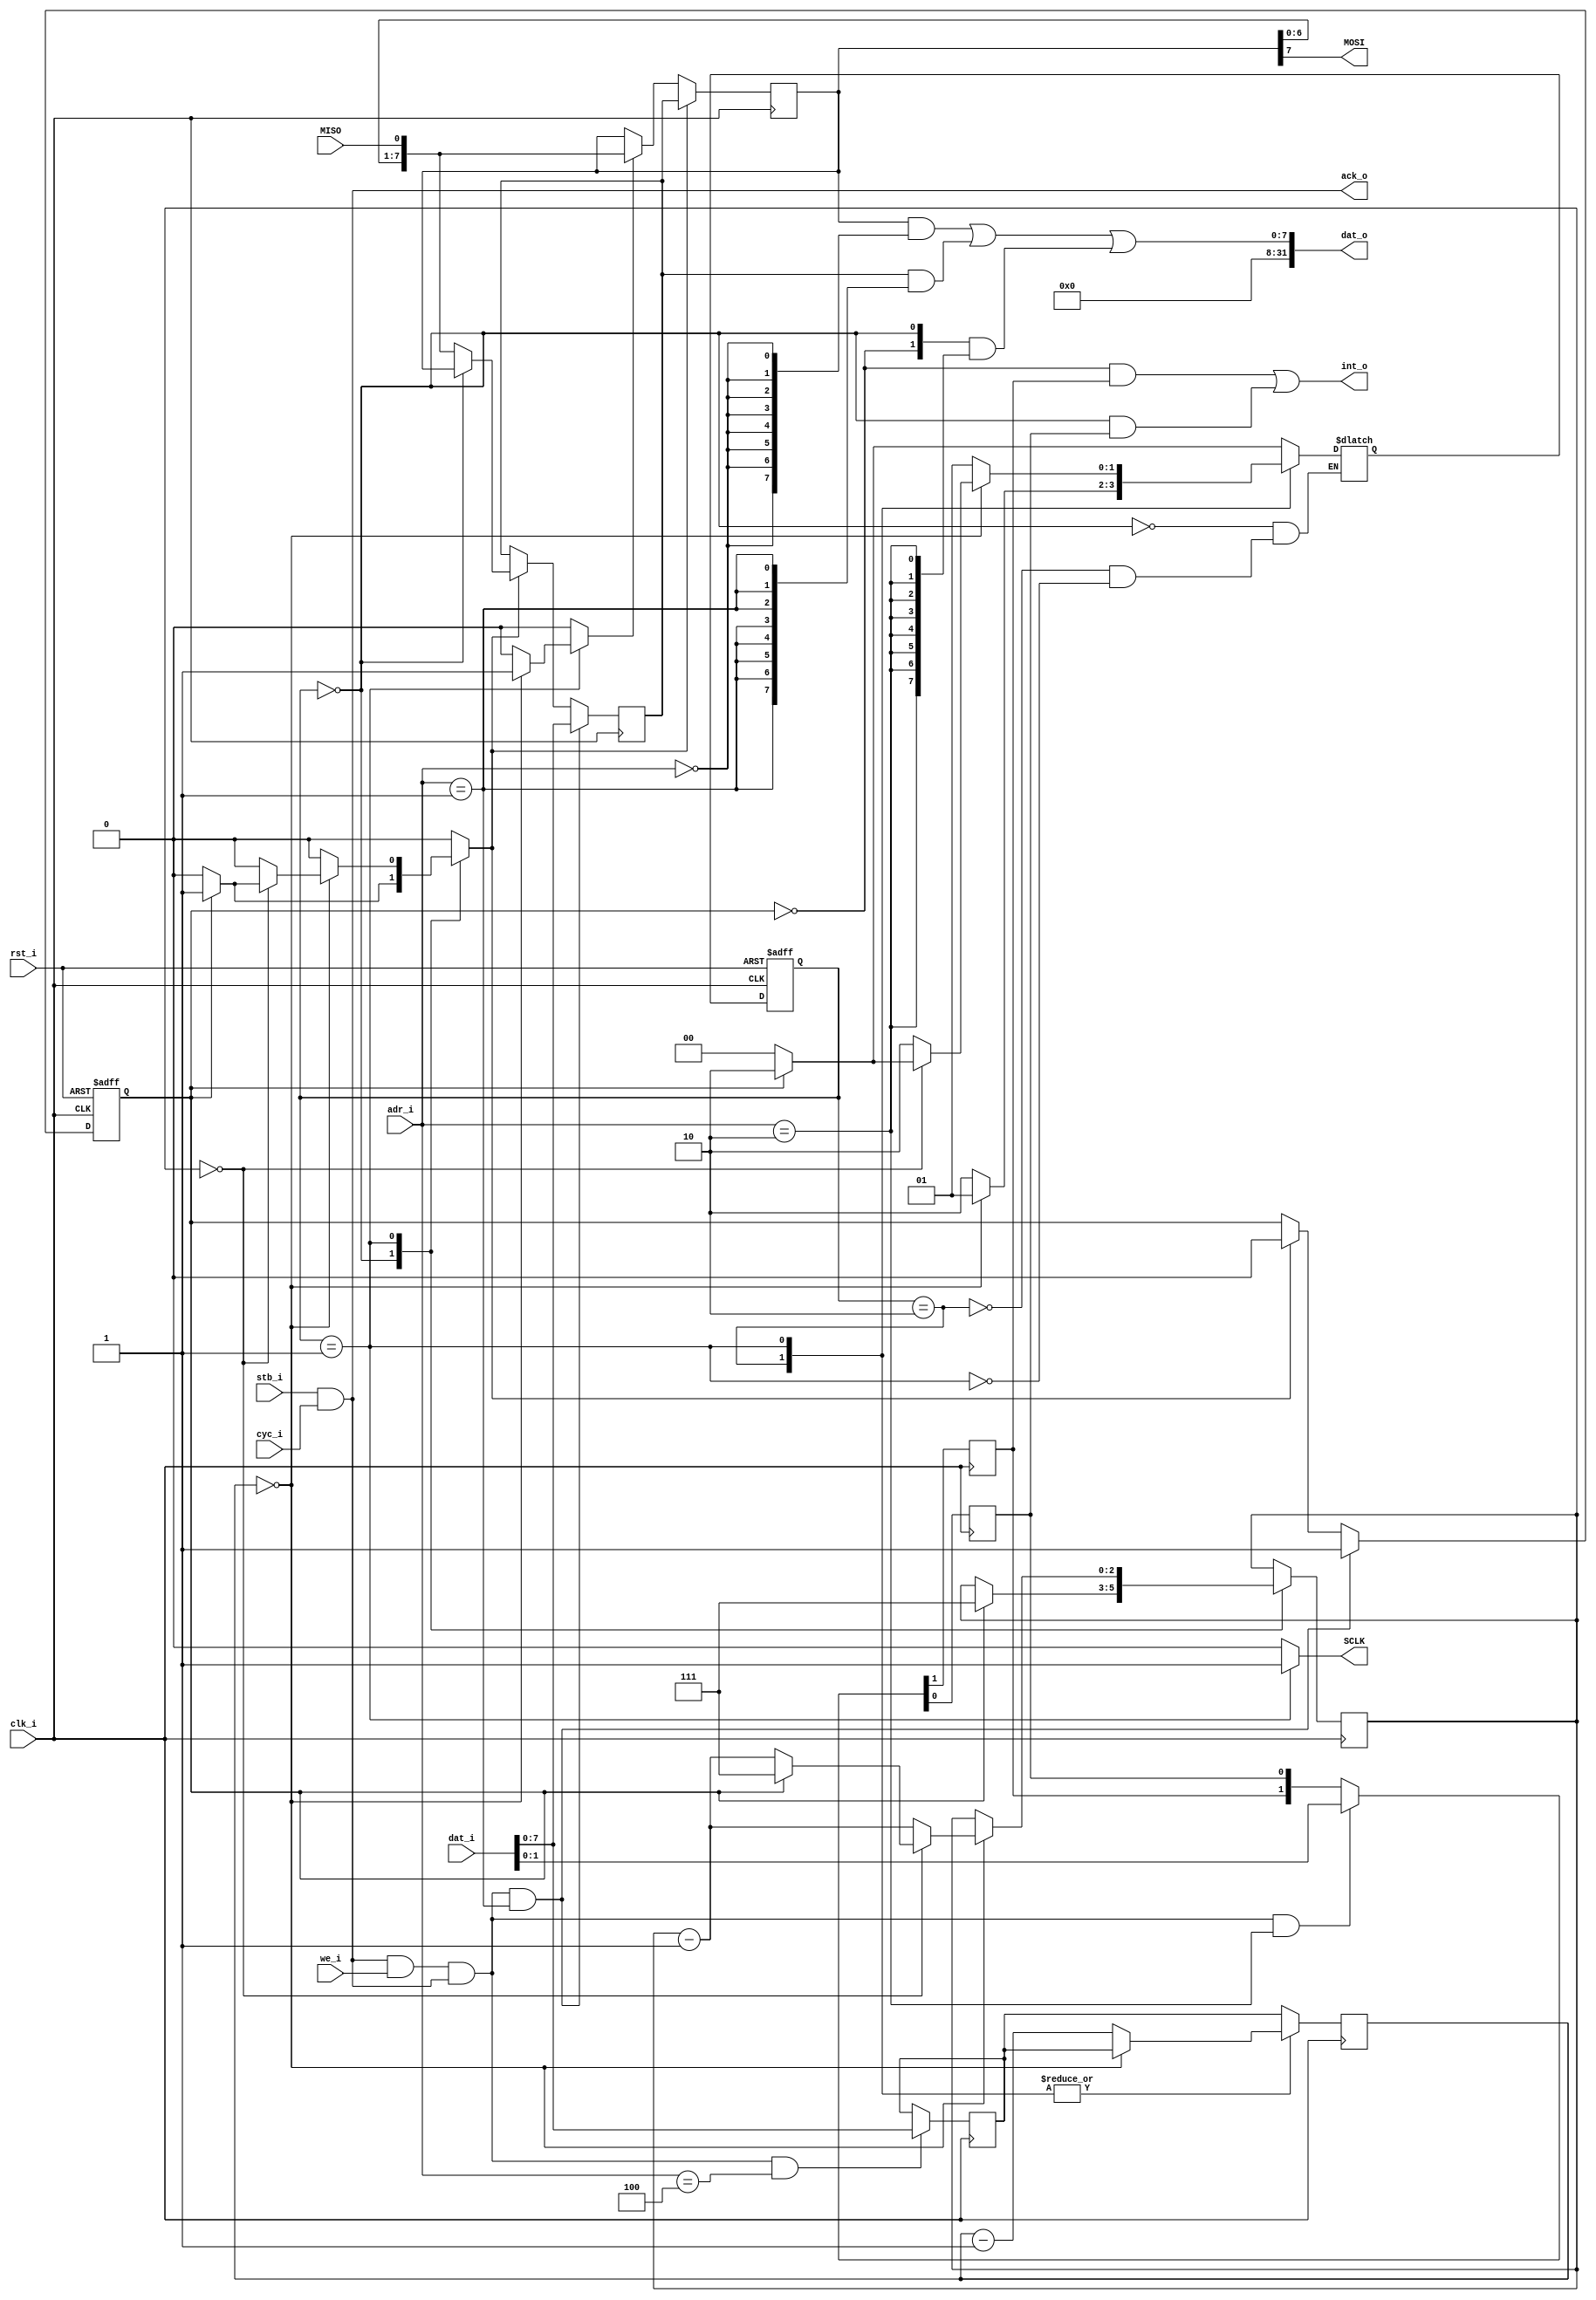
//////////////////////////////////////////////////////////////////////
////                                                              ////
////  tiny_spi.v                                                  ////
////                                                              ////
////  This file is part of the TINY SPI IP core project           ////
////  http://www.opencores.org/projects/tiny_spi/                 ////
////                                                              ////
////  Author(s):                                                  ////
////      - Thomas Chou <thomas@wytron.com.tw>                    ////
////                                                              ////
////  All additional information is avaliable in the README       ////
////  file.                                                       ////
////                                                              ////
//////////////////////////////////////////////////////////////////////
////                                                              ////
//// Copyright (C) 2010 Authors                                   ////
////                                                              ////
//// This source file may be used and distributed without         ////
//// restriction provided that this copyright statement is not    ////
//// removed from the file and that any derivative work contains  ////
//// the original copyright notice and the associated disclaimer. ////
////                                                              ////
//// This source file is free software; you can redistribute it   ////
//// and/or modify it under the terms of the GNU Lesser General   ////
//// Public License as published by the Free Software Foundation; ////
//// either version 2.1 of the License, or (at your option) any   ////
//// later version.                                               ////
////                                                              ////
//// This source is distributed in the hope that it will be       ////
//// useful, but WITHOUT ANY WARRANTY; without even the implied   ////
//// warranty of MERCHANTABILITY or FITNESS FOR A PARTICULAR      ////
//// PURPOSE.  See the GNU Lesser General Public License for more ////
//// details.                                                     ////
////                                                              ////
//// You should have received a copy of the GNU Lesser General    ////
//// Public License along with this source; if not, download it   ////
//// from http://www.opencores.org/lgpl.shtml                     ////
////                                                              ////
//////////////////////////////////////////////////////////////////////

module tiny_spi(
   // system
   input	  rst_i,
   input	  clk_i,
   // memory mapped
   input	  stb_i,
   input	  we_i,
   output [31:0]  dat_o,
   input [31:0]   dat_i,
   output	  int_o,
   input [2:0]	  adr_i,
   input 	  cyc_i, // comment out for avalon
   output 	  ack_o, // comment out for avalon

   // spi
   output	  MOSI,
   output	  SCLK,
   input	  MISO
   );

   parameter BAUD_WIDTH = 8;
   parameter BAUD_DIV = 0;
   parameter SPI_MODE = 0;
   parameter BC_WIDTH = 3;
   parameter DIV_WIDTH = BAUD_DIV ? $clog2(BAUD_DIV / 2 - 1) : BAUD_WIDTH;


   reg [7:0]	  sr8, bb8;
   wire [7:0]	  sr8_sf;
   reg [BC_WIDTH - 1:0]		bc, bc_next;
   reg [DIV_WIDTH - 1:0]	ccr;
   reg [DIV_WIDTH - 1:0]	cc, cc_next;
   wire		  misod;
   wire		  cstb, wstb, bstb, istb;
   reg		  sck;
   reg		  sf, ld;
   reg		  bba;   // buffer flag
   reg		  txren, txeen;
   wire 	  txr, txe;
   wire		  cpol, cpha;
   reg		  cpolr, cphar;
   wire 	  wr;
   // wire 	  cyc_i; // comment out for wishbone
   // wire 	  ack_o; // comment out for wishbone
   // assign cyc_i = 1'b1;  // comment out for wishbone
   assign ack_o = stb_i & cyc_i; // zero wait
   assign wr = stb_i & cyc_i & we_i & ack_o;
   assign wstb = wr & (adr_i == 1);
   assign istb = wr & (adr_i == 2);
   assign cstb = wr & (adr_i == 3);
   assign bstb = wr & (adr_i == 4);
   assign sr8_sf = { sr8[6:0],misod };
   assign dat_o =
		      (sr8 & {8{(adr_i == 0)}})
		    | (bb8 & {8{(adr_i == 1)}})
		    | ({ txr, txe } & {8{(adr_i == 2)}})
		      ;

   parameter
     IDLE = 0,
     PHASE1 = 1,
     PHASE2 = 2
     ;

   reg [1:0] spi_seq, spi_seq_next;
   always @(posedge clk_i or posedge rst_i)
     if (rst_i)
       spi_seq <= IDLE;
     else
       spi_seq <= spi_seq_next;

   always @(posedge clk_i)
     begin
	cc <= cc_next;
	bc <= bc_next;
     end

   always @(/*AS*/bba or bc or cc or ccr or cpha or cpol or spi_seq)
     begin
	sck = cpol;
	cc_next = BAUD_DIV ? (BAUD_DIV / 2 - 1) : ccr;
	bc_next = bc;
	ld = 1'b0;
	sf = 1'b0;

	case (spi_seq)
	  IDLE:
	    begin
	       if (bba)
		 begin
		    bc_next = 7;
		    ld = 1'b1;
		    spi_seq_next = PHASE2;
		 end
	       else
		 spi_seq_next = IDLE;
	    end
	  PHASE2:
	    begin
	       sck = (cpol ^ cpha);
	       if (cc == 0)
		 spi_seq_next = PHASE1;
	       else
		 begin
		    cc_next = cc - 1;
		    spi_seq_next = PHASE2;
		 end
	    end
	  PHASE1:
	    begin
	       sck = ~(cpol ^ cpha);
	       if (cc == 0)
		 begin
		    bc_next = bc -1;
		    sf = 1'b1;
		    if (bc == 0)
		      begin
			 if (bba)
			   begin
			      bc_next = 7;
			      ld = 1'b1;
			      spi_seq_next = PHASE2;
			   end
			 else
			   spi_seq_next = IDLE;
		      end
		    else
		      spi_seq_next = PHASE2;
		 end
	       else
		 begin
		    cc_next = cc - 1;
		    spi_seq_next = PHASE1;
		 end
	    end
	endcase
     end // always @ (...

   always @(posedge clk_i)
     begin
	if (cstb) // control reg
	  { cpolr, cphar } <= dat_i;
	else
	  { cpolr, cphar } <= { cpolr, cphar };

	if (istb) // irq enable reg
	  { txren, txeen } <= dat_i;
	else
	  { txren, txeen } <= { txren, txeen };

	if (bstb) // baud reg
	  ccr <= dat_i;
	else
	  ccr <= ccr;

	if (ld)   // shift reg
	  sr8 <= bb8;
	else if (sf)
	  sr8 <= sr8_sf;
	else
	  sr8 <= sr8;

	if (wstb) // buffer reg
	  bb8 <= dat_i;
	else if (ld)
	  bb8 <= (spi_seq == IDLE) ? sr8 : sr8_sf;
	else
	  bb8 <= bb8;
     end // always @ (posedge clk_i)

   always @(posedge clk_i or posedge rst_i)
     begin
	if (rst_i)
	  bba <= 1'b0;
	else if (wstb)
	  bba <= 1'b1;
	else if (ld)
	  bba <= 1'b0;
	else
	  bba <= bba;
     end

   assign { cpol, cpha } = ((SPI_MODE >= 0) & (SPI_MODE < 4)) ?
			   SPI_MODE : { cpolr, cphar };
   assign txe = (spi_seq == IDLE);
   assign txr = ~bba;
   assign int_o = (txr & txren) | (txe & txeen);
   assign SCLK = sck;
   assign MOSI = sr8[7];
   assign misod = MISO;

endmodule